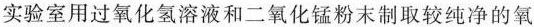
实验室用过氧化氢溶液和二氧化锰粉末制取较纯净的氧